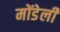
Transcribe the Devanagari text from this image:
मोंडेली